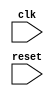
module timing_control_and_sync(

  input wire clk, // input clock signal

  input wire reset, // synchronous reset signal

  // Add other input signals here

  // Add output signals here

);

  // Timing control module code here

  // Synchronization block code here

endmodule